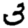
Digit: 3